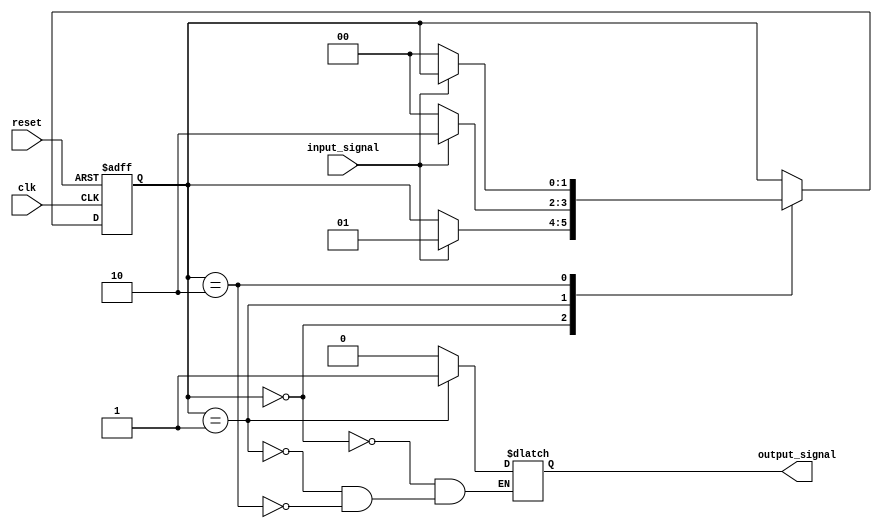
module fsm (
  input wire reset,
  input wire clk,
  input wire input_signal,
  output wire output_signal
);

// Define states
parameter S0 = 2'b00;
parameter S1 = 2'b01;
parameter S2 = 2'b10;

// Define state register
reg [1:0] state;

// State transition logic
always @(posedge clk or posedge reset) begin
  if (reset) begin
    state <= S0;
  end else begin
    case (state)
      S0: begin
        if (input_signal) begin
          state <= S1;
        end
      end
      S1: begin
        if (!input_signal) begin
          state <= S0;
        end else begin
          state <= S2;
        end
      end
      S2: begin
        if (!input_signal) begin
          state <= S0;
        end
      end
    endcase
  end
end

// Output logic
always @(*) begin
  case (state)
    S0: output_signal = 1'b0;
    S1: output_signal = 1'b1;
    S2: output_signal = 1'b0;
  endcase
end

endmodule